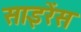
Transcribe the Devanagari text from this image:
साइरेंस